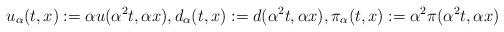
LaTeX: \begin{align*} u_{\alpha} (t , x) := \alpha u(\alpha^2 t , \alpha x), d_{\alpha} (t , x) := d (\alpha^2 t , \alpha x), \pi_{\alpha} (t , x) := \alpha^2 \pi (\alpha^2 t , \alpha x)\end{align*}